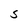
Character: S